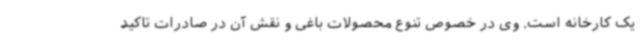
یک کارخانه است. وی در خصوص تنوع محصولات باغی و نقش آن در صادرات تاکید